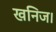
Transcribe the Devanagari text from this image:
खनिज।